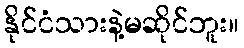
နိုင်ငံသားနဲ့မဆိုင်ဘူး။